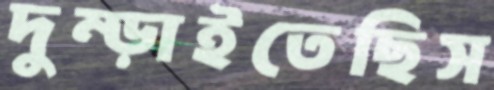
দুম্‌ড়াইতেছিস